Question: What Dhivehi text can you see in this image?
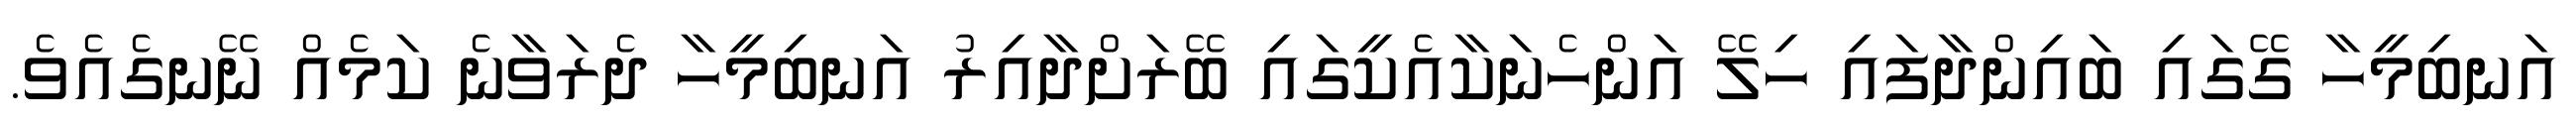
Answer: އަނބިމީހާ ގޭގައި ބައިންދާފައި ހިލޭ އަންހެނަކާއެކީގައި ބޭރަށްދާއިރު އަނބިމީހާ ދެރަވާނެ ކަމެއް ނޭނގެއެވެ.